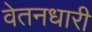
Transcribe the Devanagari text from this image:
वेतनधारी